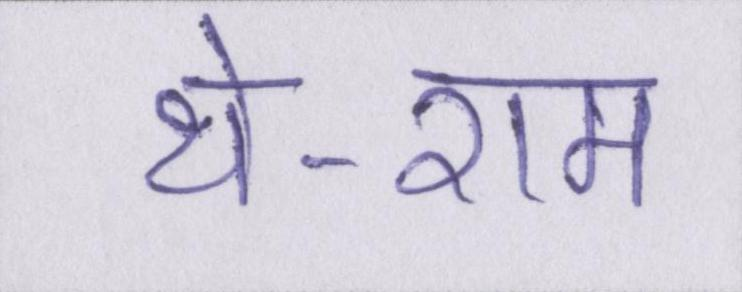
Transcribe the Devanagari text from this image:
थे-राम